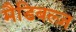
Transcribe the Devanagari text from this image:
मैडिबल्ज़